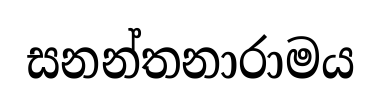
සනන්තනාරාමය